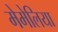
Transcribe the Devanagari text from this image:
मेमेलिया